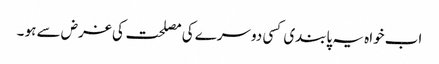
اب خواہ یہ پابندی کسی دوسرے کی مصلحت کی غرض سے ہو ۔